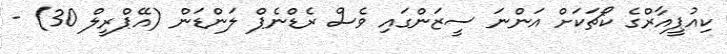
ކިއުޕީއާރްގެ ކޯޗަކަށް އަންނަ ސީޒަންގައި ވެސް ރެޑްނެޕް ލަންޑަން (އޭޕްރީލް 30) -